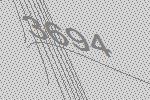
3694